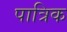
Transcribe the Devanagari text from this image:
पात्रिक